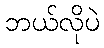
ဘယ်လိုပဲ